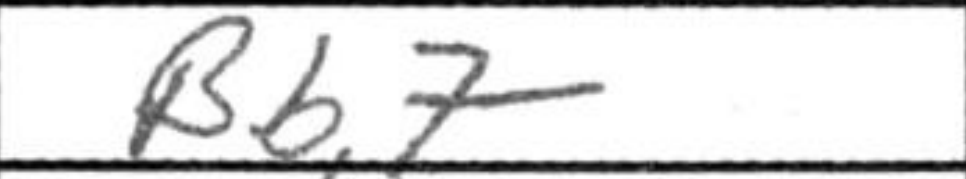
Transcription: Bb7